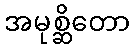
အမုစ္ဆိတော